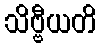
သိဗ္ဗီယတိ